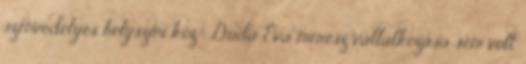
szenvedélyes helyszíni köz- Duda Éva merész vállalkozása sem volt